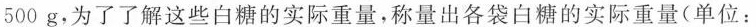
500 g，为了了解这些白糖的实际重量，称量出各袋白糖的实际重量(单位：